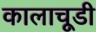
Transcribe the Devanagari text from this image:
कालाचूडी